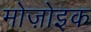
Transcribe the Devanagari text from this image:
मोज़ोइक